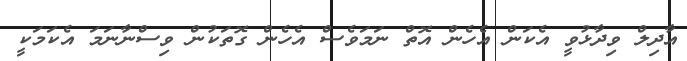
އާދިލް ވިދާޅުވީ އެކަން އެހެން އޮތް ނަމަވެސް އެހެން ގޮތަކުން ވިސްނާނަމަ އެކަމަކީ